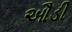
ઔડી